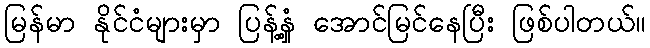
မြန်မာ နိုင်ငံများမှာ ပြန့်နှံ့ အောင်မြင်နေပြီး ဖြစ်ပါတယ်။